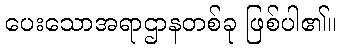
ပေးသောအရာဌာနတစ်ခု ဖြစ်ပါ၏။